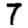
Digit: 7